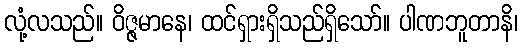
လုံ့လသည်။ ဝိဇ္ဇမာနေ၊ ထင်ရှားရှိသည်ရှိသော်။ ပါဏဘူတာနိ၊